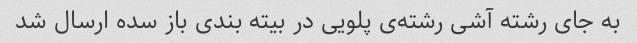
به جای رشته آشی رشته‌ی پلویی در بیته بندی باز سده ارسال شد